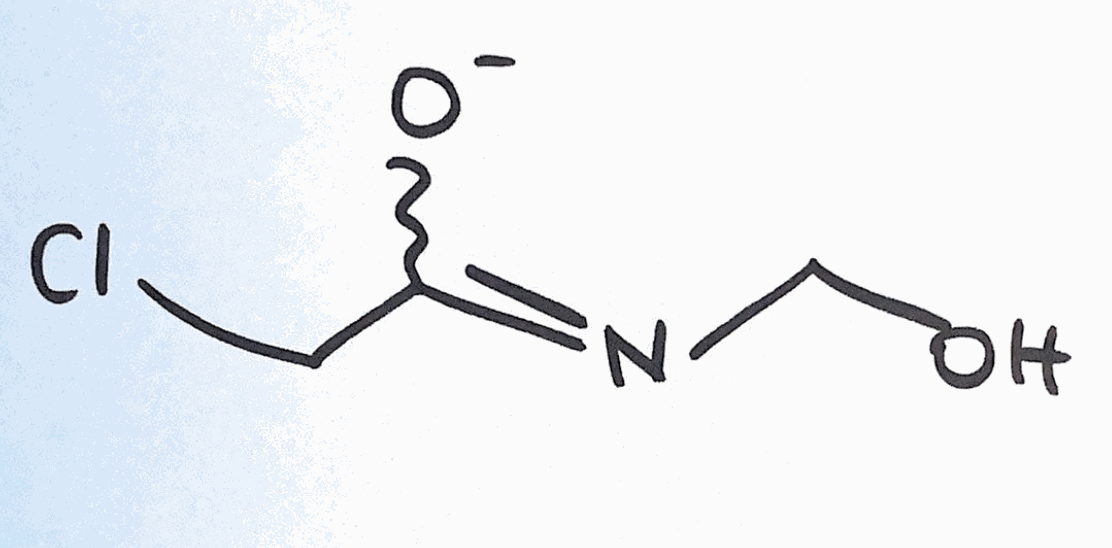
Simplified molecular-input line-entry system (SMILES) notation of the given molecule:
C(C(=NCO)[O-])Cl